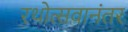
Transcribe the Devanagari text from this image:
रथोत्सवानंतर